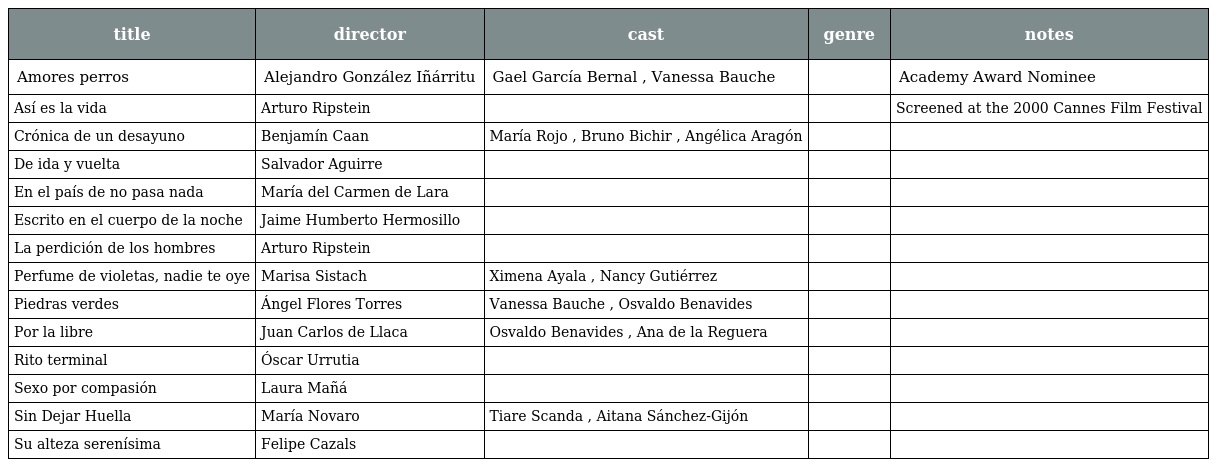
| title | director | cast | genre | notes |
 | --- | --- | --- | --- | --- |
 | Amores perros | Alejandro González Iñárritu | Gael García Bernal , Vanessa Bauche |  | Academy Award Nominee |
 | Así es la vida | Arturo Ripstein |  |  | Screened at the 2000 Cannes Film Festival |
 | Crónica de un desayuno | Benjamín Caan | María Rojo , Bruno Bichir , Angélica Aragón |  |  |
 | De ida y vuelta | Salvador Aguirre |  |  |  |
 | En el país de no pasa nada | María del Carmen de Lara |  |  |  |
 | Escrito en el cuerpo de la noche | Jaime Humberto Hermosillo |  |  |  |
 | La perdición de los hombres | Arturo Ripstein |  |  |  |
 | Perfume de violetas, nadie te oye | Marisa Sistach | Ximena Ayala , Nancy Gutiérrez |  |  |
 | Piedras verdes | Ángel Flores Torres | Vanessa Bauche , Osvaldo Benavides |  |  |
 | Por la libre | Juan Carlos de Llaca | Osvaldo Benavides , Ana de la Reguera |  |  |
 | Rito terminal | Óscar Urrutia |  |  |  |
 | Sexo por compasión | Laura Mañá |  |  |  |
 | Sin Dejar Huella | María Novaro | Tiare Scanda , Aitana Sánchez-Gijón |  |  |
 | Su alteza serenísima | Felipe Cazals |  |  |  |